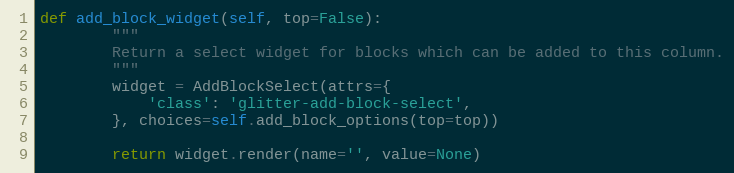
Language: Python
def add_block_widget(self, top=False):
        """
        Return a select widget for blocks which can be added to this column.
        """
        widget = AddBlockSelect(attrs={
            'class': 'glitter-add-block-select',
        }, choices=self.add_block_options(top=top))

        return widget.render(name='', value=None)